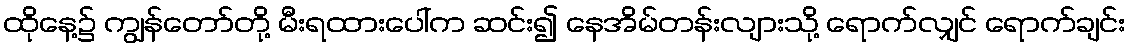
ထိုနေ့၌ ကျွန်တော်တို့ မီးရထားပေါ်က ဆင်း၍ နေအိမ်တန်းလျားသို့ ရောက်လျှင် ရောက်ချင်း